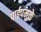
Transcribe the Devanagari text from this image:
पाईपमुळे